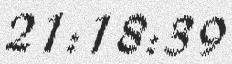
21:18:39